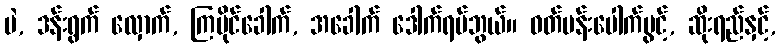
မဲ, ဒန်းရွက် လှောက်, ကြပိုင်ခေါက်, အခေါက် ဒေါက်ရပ်ဘွယ်။ ဝတ်ပန်းပေါက်ပွင့်, ဆိုးရည်နှင့်,